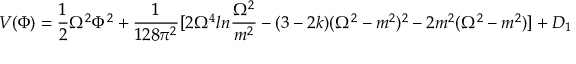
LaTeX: V ( \Phi ) = { \frac { 1 } { 2 } } \Omega ^ { 2 } \Phi ^ { 2 } + { \frac { 1 } { 1 2 8 \pi ^ { 2 } } } [ 2 \Omega ^ { 4 } l n { \frac { \Omega ^ { 2 } } { m ^ { 2 } } } - ( 3 - 2 k ) ( \Omega ^ { 2 } - m ^ { 2 } ) ^ { 2 } - 2 m ^ { 2 } ( \Omega ^ { 2 } - m ^ { 2 } ) ] + { \cal D } _ { 1 }